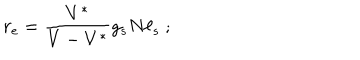
LaTeX: r _ { \mathrm { e } } = { \frac { V ^ { * } } { V - V ^ { * } } } g _ { s } N \ell _ { s } \ ;